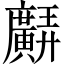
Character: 𢌊